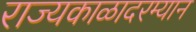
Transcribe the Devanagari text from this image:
राज्यकाळादरम्यान